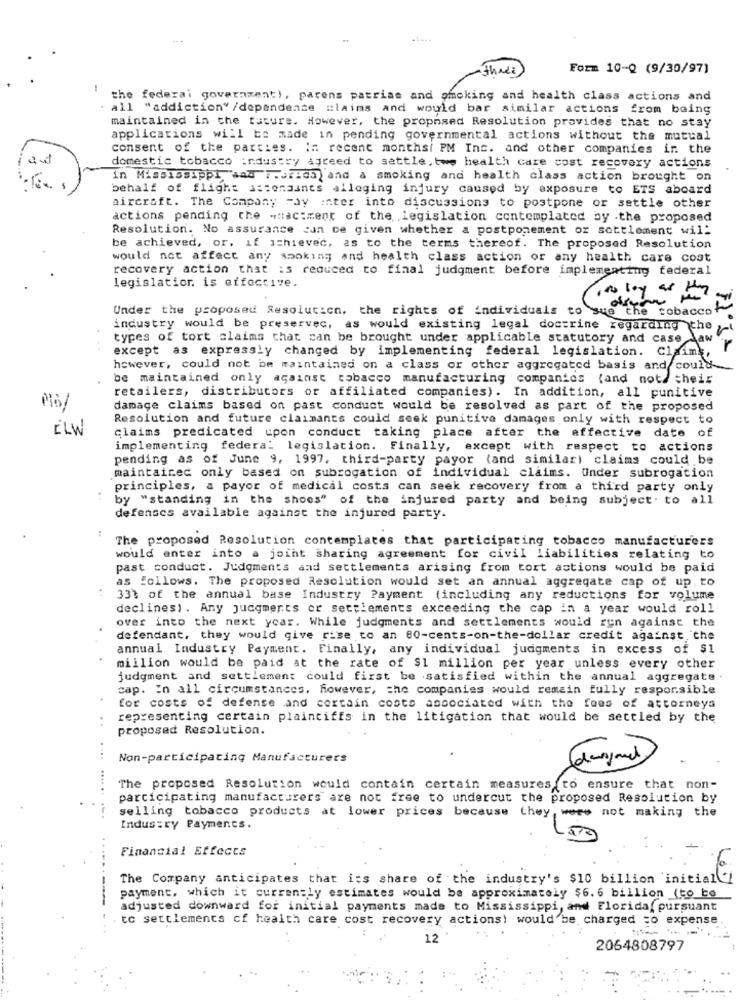
three
Form 10-Q (9/30/97]
the federal government), parens patrias and smoking and health class actions and
all "addiction" /dependence claims and would bar similar actions from being
maintained in the future. However, the proposed Resolution provides that no stay
applications will be made in pending governmental actions without the mutual
consent of the parties. In recent monthsi PM Inc. and other companies in the
iaat
domestic tobacco industry agreed to settle.twe health care cost recovery actions
in Mississippi, wad F.smids and & smoking and health class action brought on
behalf of flight astenaunts alleging injury caused by exposure to ETS aboard
aircraft. The Company Fay enter into discussions to postpone or settle other
actions pending the -mac:ment of the legislation contemplated by .the proposed
Resolution. No assurance can ce given whether a postponement of settlement wil:
be achieved, or. if achievec, as to the terms thereof. The proposed Resolution
would not affect any smoking and health class action or any health care cost
recovery action that is reduced to final judgment before implementing federal
legislatior. is effective.
,to lay as the
Under the proposed Resolution, the rights of individuals to sue the tobacco
of
industry would be preserved, as would existing legal doctrine regarding the
types of tort claims that can be brought under applicable statutory and case law
except as expressly changed by implementing federal legislation. Claimk,
however, could not be maintained on a class or other aggregated basis and could-
be maintained only against tobacco manufacturing companies (and not/ their
retailers, distributors or affiliated companies). In addition, all punitive
damage claims based on past conduct would be resolved as part of the proposed
Resolution and future claimants could seek punitive damages only with respect to
ELW
claims predicated upon conduct taking place after the effective date of
implementing federal legislation. Finally, except with respect to actions
pending as of June 9, 1997. third-party payor (and similari claims could be
maintained only based on subrogation of individual claims. Under subrogation
principles, a payor of medical costs can seek recovery from a third party only
. .
by "standing in the shoes" of the injured party and being subject. to all
defenses available against the injured party.
:
The proposed Resolution contemplates that participating tobacco manufacturers
would enter into a joint sharing agreement for civil liabilities relating to
past conduct. Judgments and settlements arising from tort actions would be paid
as follows. The proposed Resolution would set an annual aggregate cap of up. to
33% of the annual base Industry Payment (including any reductions for volume
declines). Any judgments or settlements exceeding the cap in a year would roll
over into the next year. While judgments and settlements would run against the
defendant, they would give rise to an 80-cents-on-the-dollar credit against, che
annual Industry Payment. Finally, any individual judgments in excess of $1
million would be paid at the rate of $1 million per year unless every other
judgment and settlement could first be satisfied within the annual aggregate .
cap. In all circumstances. however, the companies would remain fully responsible
for costs of defense and certain costs associated with the fees of attorneys
representing certain plaintiffs in the litigation that would be settled by the
proposed Resolution.
....
Non-participating Manufacturers
.....
The proposed Resolution would contain certain measures to ensure that non-
participating manufacturers are not free to undercut the proposed Resolution by
selling tobacco products at lower prices because they, were not making the
Industry Payments.
Financial Effects
The Company anticipates that its share of the industry's $10 billion initial'!
payment, which it currently estimates would be approximately $6.6 billion (to be
adjusted downward for initial payments made to Mississippi, and Floridaf pursuant
--------
to settlements of health care cost recovery actions! would be charged =o expense.
12
2064808797